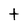
Character: t